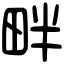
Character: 畔